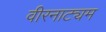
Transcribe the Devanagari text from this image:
वीरनाट्यम